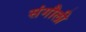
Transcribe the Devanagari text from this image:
संगौली